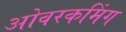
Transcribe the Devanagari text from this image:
ओवरकमिंग